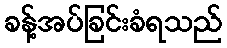
ခန့်အပ်ခြင်းခံရသည်